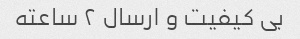
بی کیفیت و ارسال ۲ ساعته